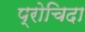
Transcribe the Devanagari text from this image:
प्रोचिदा